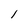
Character: 1